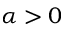
\alpha > 0